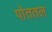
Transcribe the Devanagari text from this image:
पोततल